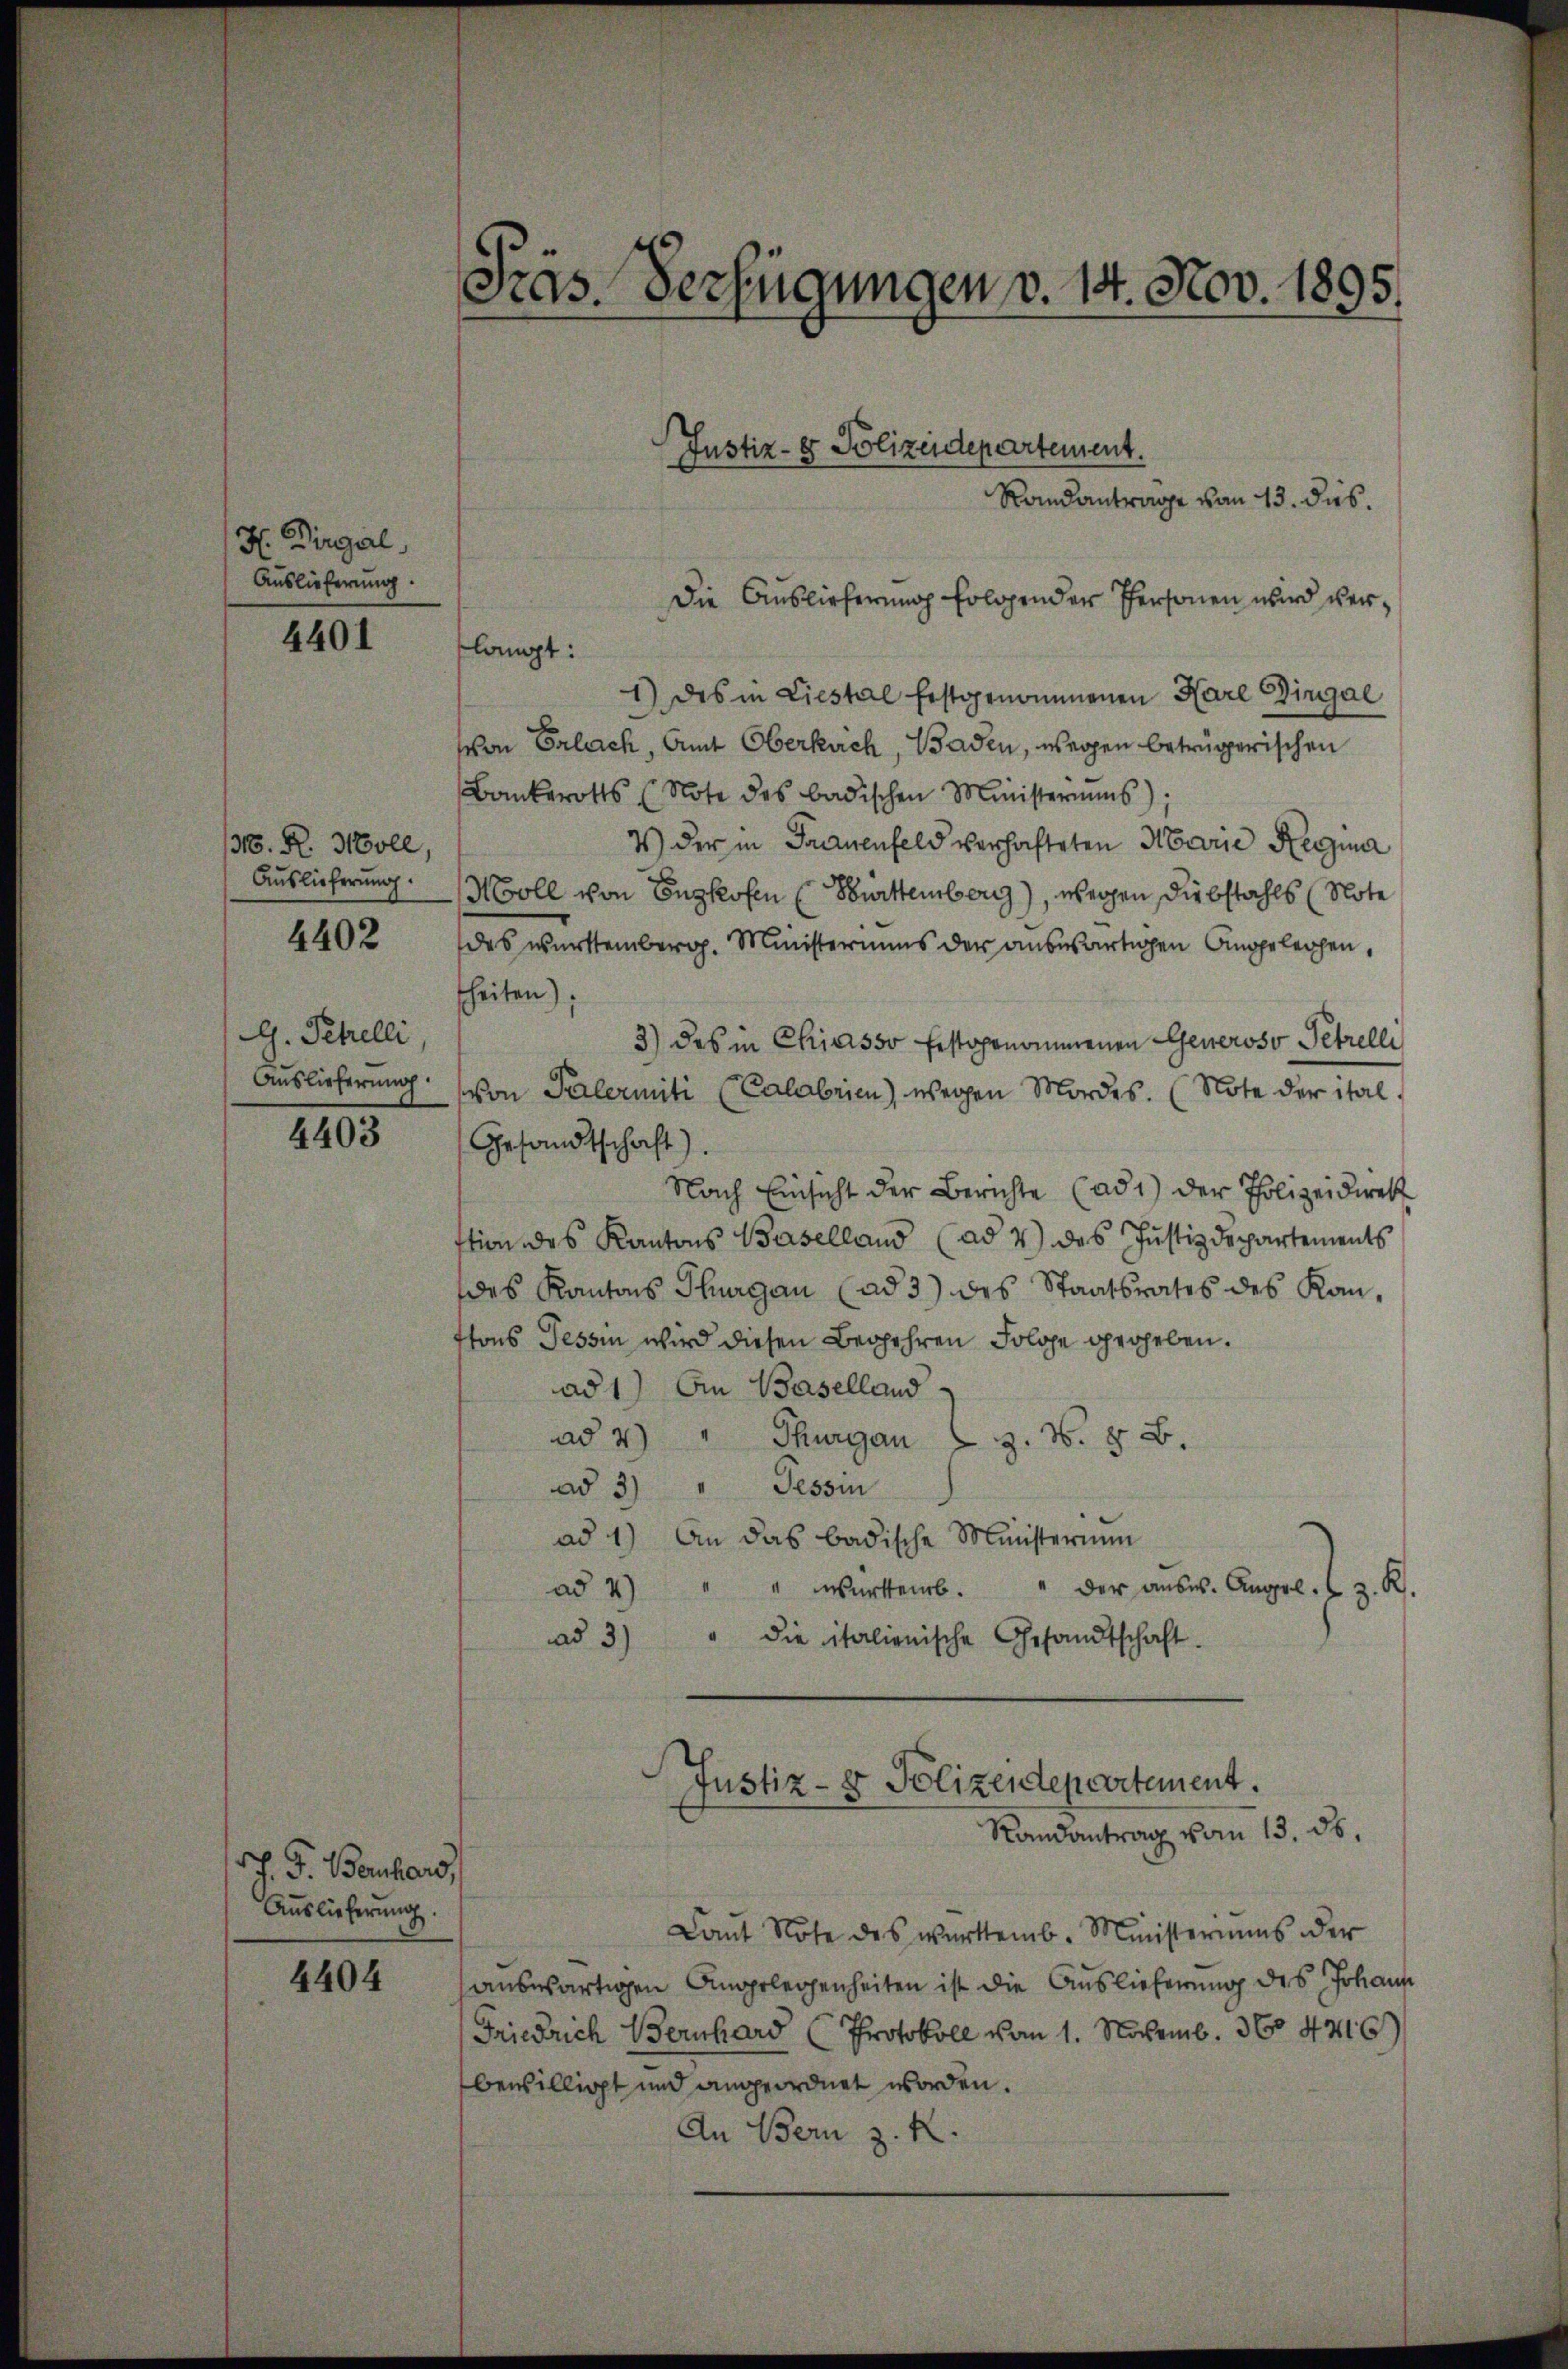
H Dirgal,
Auslieferung.

4401

316. R. Holl,
Auslieferung.
4402

G. Schelli,
Auslieferung.

4403

J. G. Bauhaus,
Auslieferung.

4404

Präs. Verfügungen v. 14. Nov. 1895.

Randantrage von 13. dies.
langt:
1) des in Liestal festgenommenen Karl Eingal
von Erlach, Amt Oberkuch, Baden, wegen betrügerischen
Bankerotts (Note des badischen Ministeriums);
4) der in Frauenfeld verhafteten Marie Regina
Moll von Enghofen (Surttemberg), wegen Diebstahls (Note
des württemberg. Ministeriums der auswärtigen Angelegen,
sheiten);
3) des in Chiasso festgenommenen Generoso Petrelli
von Palermiti (Calabrien) wegen Mordes. (Note der ital
Gesandtschaft).
Nach Einsicht der Berichte (ad 1) der Polizeidirek
stion des Kantons Baselland (ad 4) des Justizdepartements
es Kantons Thurgau (ad 3) des Staatsrates des Kan-
ttons Tessin wird diesen Begehren Folge gegeben.
ad 1) An Baselland
ad 2) " Thurgau z. B. § 8.
Tessin
ad 3.)
ad 1) An das badische Ministerium
" " Wartemb. " der aŭsw. Angel. z. R.
ad 4)
ad 3)
" die italienische Gesandtschaft.
Justiz- & Polizeidepartement.
Randantrag vom 13. ds.
Lant Note des wartemb. Ministeriums der
auswärtigen Angelegenheiten ist die Auslieferung des Johann
Friedrich Bernhard (Protokoll vom 1. Novemb. 364216
bewilligt und angeordnet worden.
An Bern z. R.

Justiz- & Polizeidepartement.
Die Auslieferung folgender Personen wird ver¬